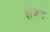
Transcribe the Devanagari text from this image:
इजिने